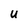
Character: U